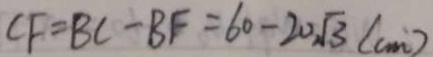
C F = B C - B F = 6 0 - 2 0 \sqrt { 3 } ( c m )